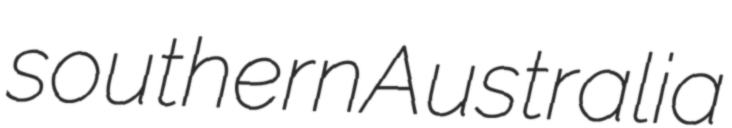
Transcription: southern Australia